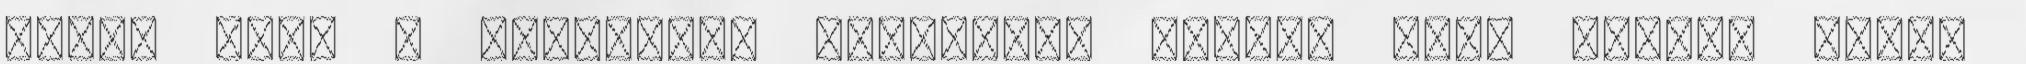
szeme volt a természet szépségei iránt, mint őneki, annak